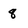
Character: 8